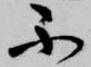
不